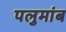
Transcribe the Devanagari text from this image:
पलुमांब